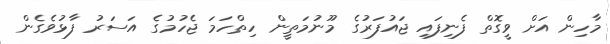
މާހިން އަށް ވީގޮތް ފެނިފައި ޖައުފަރުގެ މޫނުމަތީން ހިތްހަމަ ޖެހުމުގެ އަސަރު ފާޅުވެގެން